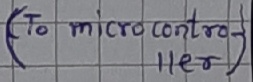
Text: (to microcontroller)